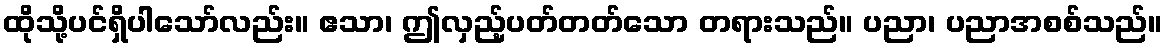
ထိုသို့ပင်ရှိပါသော်လည်း။ ဧသာ၊ ဤလှည့်ပတ်တတ်သော တရားသည်။ ပညာ၊ ပညာအစစ်သည်။